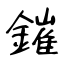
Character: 鏙